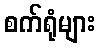
စက်ရုံများ